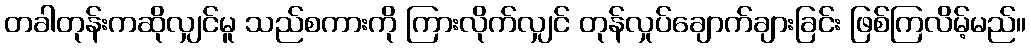
တခါတုန်းကဆိုလျှင်မူ သည်စကားကို ကြားလိုက်လျှင် တုန်လှုပ်ချောက်ချားခြင်း ဖြစ်ကြလိမ့်မည်။